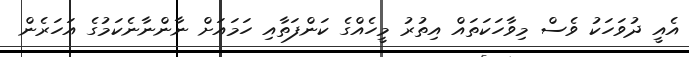
އެއީ ދުވަހަކު ވެސް މިވާހަކަތައް އިތުރު މީހެއްގެ ކަންފަތާއި ހަމައަށް ނާންނާނެކަމުގެ އަހަރެން